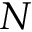
N